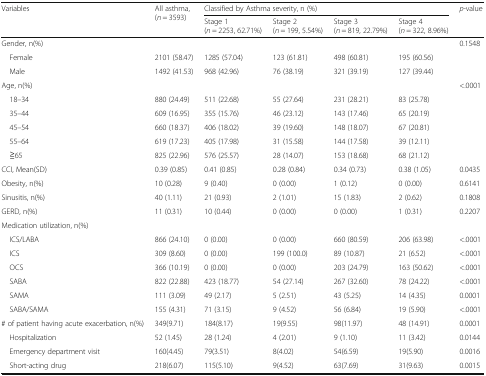
<table><thead><tr><td rowspan="2"><b>Variables</b></td><td rowspan="2"><b>All asthma, (<i>n</i> = 3593)</b></td><td colspan="4"><b>Classified by Asthma severity, n (%)</b></td><td rowspan="2"><b><i>p</i>-value</b></td></tr><tr><td><b>Stage 1 (<i>n</i> = 2253, 62.71%)</b></td><td><b>Stage 2 (<i>n</i> = 199, 5.54%)</b></td><td><b>Stage 3 (<i>n</i> = 819, 22.79%)</b></td><td><b>Stage 4 (<i>n</i> = 322, 8.96%)</b></td></tr></thead><tbody><tr><td>Gender, n(%)</td><td></td><td></td><td></td><td></td><td></td><td>0.1548</td></tr><tr><td> Female</td><td>2101 (58.47)</td><td>1285 (57.04)</td><td>123 (61.81)</td><td>498 (60.81)</td><td>195 (60.56)</td><td></td></tr><tr><td> Male</td><td>1492 (41.53)</td><td>968 (42.96)</td><td>76 (38.19)</td><td>321 (39.19)</td><td>127 (39.44)</td><td></td></tr><tr><td>Age, n(%)</td><td></td><td></td><td></td><td></td><td></td><td>&lt;.0001</td></tr><tr><td> 18–34</td><td>880 (24.49)</td><td>511 (22.68)</td><td>55 (27.64)</td><td>231 (28.21)</td><td>83 (25.78)</td><td></td></tr><tr><td> 35–44</td><td>609 (16.95)</td><td>355 (15.76)</td><td>46 (23.12)</td><td>143 (17.46)</td><td>65 (20.19)</td><td></td></tr><tr><td> 45–54</td><td>660 (18.37)</td><td>406 (18.02)</td><td>39 (19.60)</td><td>148 (18.07)</td><td>67 (20.81)</td><td></td></tr><tr><td> 55–64</td><td>619 (17.23)</td><td>405 (17.98)</td><td>31 (15.58)</td><td>144 (17.58)</td><td>39 (12.11)</td><td></td></tr><tr><td> ≧65</td><td>825 (22.96)</td><td>576 (25.57)</td><td>28 (14.07)</td><td>153 (18.68)</td><td>68 (21.12)</td><td></td></tr><tr><td>CCI, Mean(SD)</td><td>0.39 (0.85)</td><td>0.41 (0.85)</td><td>0.28 (0.84)</td><td>0.34 (0.73)</td><td>0.38 (1.05)</td><td>0.0435</td></tr><tr><td>Obesity, n(%)</td><td>10 (0.28)</td><td>9 (0.40)</td><td>0 (0.00)</td><td>1 (0.12)</td><td>0 (0.00)</td><td>0.6141</td></tr><tr><td>Sinusitis, n(%)</td><td>40 (1.11)</td><td>21 (0.93)</td><td>2 (1.01)</td><td>15 (1.83)</td><td>2 (0.62)</td><td>0.1808</td></tr><tr><td>GERD, n(%)</td><td>11 (0.31)</td><td>10 (0.44)</td><td>0 (0.00)</td><td>0 (0.00)</td><td>1 (0.31)</td><td>0.2207</td></tr><tr><td colspan="7">Medication utilization, n(%)</td></tr><tr><td> ICS/LABA</td><td>866 (24.10)</td><td>0 (0.00)</td><td>0 (0.00)</td><td>660 (80.59)</td><td>206 (63.98)</td><td>&lt;.0001</td></tr><tr><td> ICS</td><td>309 (8.60)</td><td>0 (0.00)</td><td>199 (100.0)</td><td>89 (10.87)</td><td>21 (6.52)</td><td>&lt;.0001</td></tr><tr><td> OCS</td><td>366 (10.19)</td><td>0 (0.00)</td><td>0 (0.00)</td><td>203 (24.79)</td><td>163 (50.62)</td><td>&lt;.0001</td></tr><tr><td> SABA</td><td>822 (22.88)</td><td>423 (18.77)</td><td>54 (27.14)</td><td>267 (32.60)</td><td>78 (24.22)</td><td>&lt;.0001</td></tr><tr><td> SAMA</td><td>111 (3.09)</td><td>49 (2.17)</td><td>5 (2.51)</td><td>43 (5.25)</td><td>14 (4.35)</td><td>0.0001</td></tr><tr><td> SABA/SAMA</td><td>155 (4.31)</td><td>71 (3.15)</td><td>9 (4.52)</td><td>56 (6.84)</td><td>19 (5.90)</td><td>&lt;.0001</td></tr><tr><td># of patient having acute exacerbation, n(%)</td><td>349(9.71)</td><td>184(8.17)</td><td>19(9.55)</td><td>98(11.97)</td><td>48 (14.91)</td><td>0.0001</td></tr><tr><td> Hospitalization</td><td>52 (1.45)</td><td>28 (1.24)</td><td>4 (2.01)</td><td>9 (1.10)</td><td>11 (3.42)</td><td>0.0144</td></tr><tr><td> Emergency department visit</td><td>160(4.45)</td><td>79(3.51)</td><td>8(4.02)</td><td>54(6.59)</td><td>19(5.90)</td><td>0.0016</td></tr><tr><td> Short-acting drug</td><td>218(6.07)</td><td>115(5.10)</td><td>9(4.52)</td><td>63(7.69)</td><td>31(9.63)</td><td>0.0015</td></tr></tbody></table>